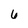
Character: 6